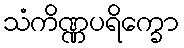
သံကိဏ္ဏပရိက္ခော